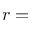
r =